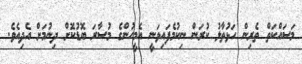
މަސައްކަތް ތެރިން ހަޅުތާލު ކުރަން ނިކުމެފައިވަނީ އެމީހުންގެ މުސާރަ ބޮޑުކޮށް ދިނުމަށް އެދިއެވެ.